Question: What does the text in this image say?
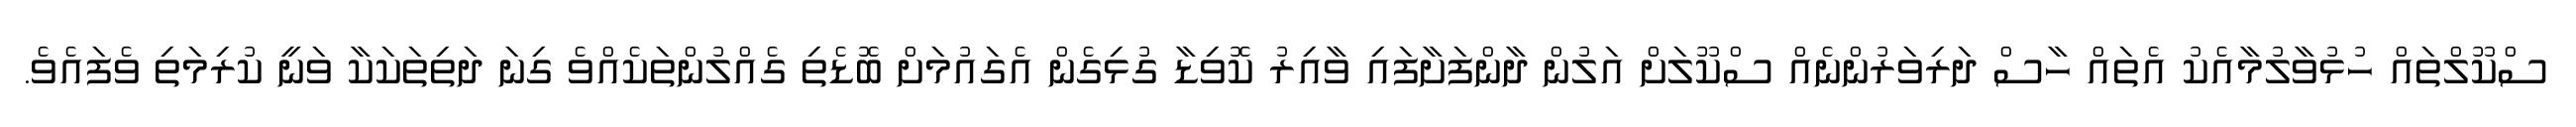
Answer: ސްކޫލްތައް ހުޅުވާލުމާއެކު އެތައް ހާސް ދަރިވަރުންނެއް ސްކޫލަށް އަލުން ދާންފަށާފައި ވާއިރު ކޮވިޑާ ގުޅިގެން އެގައުމަށް ބޮޑެތި ގެއްލުންތަކެއްވެ ގިނަ ދަތިތަކަކާ ވަނީ ކުރިމަތި ވެފައެވެ.